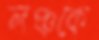
লঞ্চকে